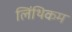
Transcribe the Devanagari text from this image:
लिंथिकम